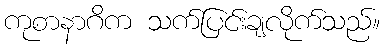
ကုစာနာဂိက သက်ပြင်းချလိုက်သည်။